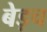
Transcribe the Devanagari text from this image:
बेड़च